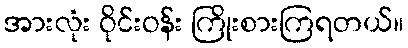
အားလုံး ဝိုင်းဝန်း ကြိုးစားကြရတယ်။